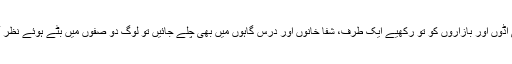
آپ ہوائی اڈوں اور بازاروں کو تو رکھیے ایک طرف، شفا خانوں اور درس گاہوں میں بھی چلے جائیں تو لوگ دو صفوں میں بٹے ہوئے نظر آئیں گے۔